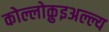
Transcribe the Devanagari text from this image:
कोल्लोक़ुइअल्ल्य